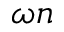
\omega n